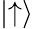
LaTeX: |{\uparrow}\rangle